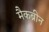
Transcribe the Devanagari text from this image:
मैकब्रीन